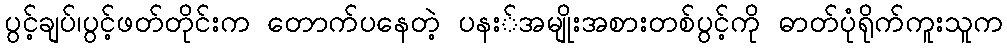
ပွင့်ချပ်၊ပွင့်ဖတ်တိုင်းက တောက်ပနေတဲ့ ပနး်အမျိုးအစားတစ်ပွင့်ကို ဓာတ်ပုံရိုက်ကူးသူက